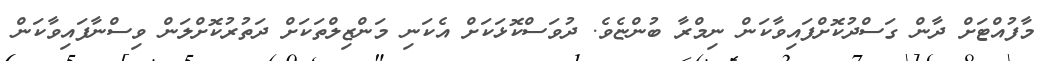
މާފުއްޓަށް ދާން ގަސްދުކޮށްފައިވާކަން ނިމްރާ ބުންޏެވެ. ދުވަސްކޮޅަކަށް އެކަނި މަންޒިލްތަކަށް ދަތުރުކޮށްލަން ވިސްނާފައިވާކަން